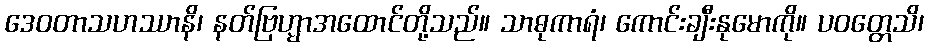
ဒေဝတာသဟဿာနိ၊ နတ်ဗြဟ္မာအထောင်တို့သည်။ သာဓုကာရံ၊ ကောင်းချီးနုမောကို။ ပဝတ္တေသိ၊